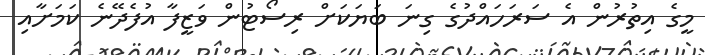
މީގެ އިތުރުން އެ ސަރަހައްދުގެ ގިނަ ބަޔަކަށް ރިސޯޓުން ވަޒީފާ އުފެދޭނެ ކަމަށާއި